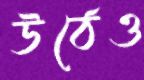
উঠেও